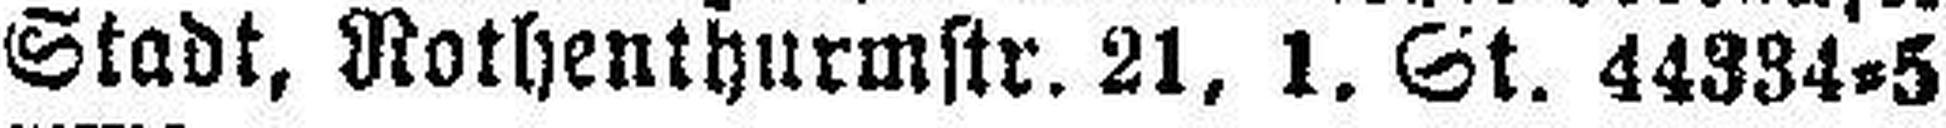
Stadt, Rothenthurmstr. 21, 1. St. 44334=5